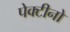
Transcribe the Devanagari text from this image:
पेक्टीनो